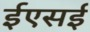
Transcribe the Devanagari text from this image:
ईएसई